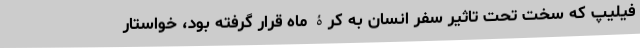
فیلیپ که سخت تحت تاثیر سفر انسان به کرۀ ماه قرار گرفته بود، خواستار